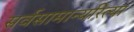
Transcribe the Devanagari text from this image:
सर्वसामान्यरित्या